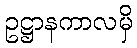
ဥဋ္ဌာနကာလမှိ